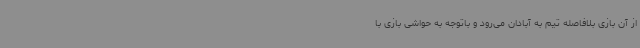
از آن بازی بلافاصله تیم به آبادان می‌رود و باتوجه به حواشی بازی با